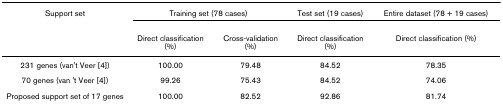
<table><thead><tr><td><b>Support set</b></td><td colspan="2"><b>Training set (78 cases)</b></td><td><b>Test set (19 cases)</b></td><td><b>Entire dataset (78 + 19 cases)</b></td></tr><tr><td></td><td><b>Direct classification (%)</b></td><td><b>Cross-validation (%)</b></td><td><b>Direct classification (%)</b></td><td><b>Direct classification (%)</b></td></tr></thead><tbody><tr><td>231 genes (van&#x27;t Veer [4])</td><td>100.00</td><td>79.48</td><td>84.52</td><td>78.35</td></tr><tr><td>70 genes (van &#x27;t Veer [4])</td><td>99.26</td><td>75.43</td><td>84.52</td><td>74.06</td></tr><tr><td>Proposed support set of 17 genes</td><td>100.00</td><td>82.52</td><td>92.86</td><td>81.74</td></tr></tbody></table>